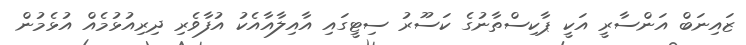
ޒައިނަބް އަންސާރީ އަކީ ޕާކިސްތާނުގެ ކަސޫރު ސިޓީގައި އާއިލާއާއެކު އުފާވެރި ދިރިއުޅުމެއް އުޅެމުން